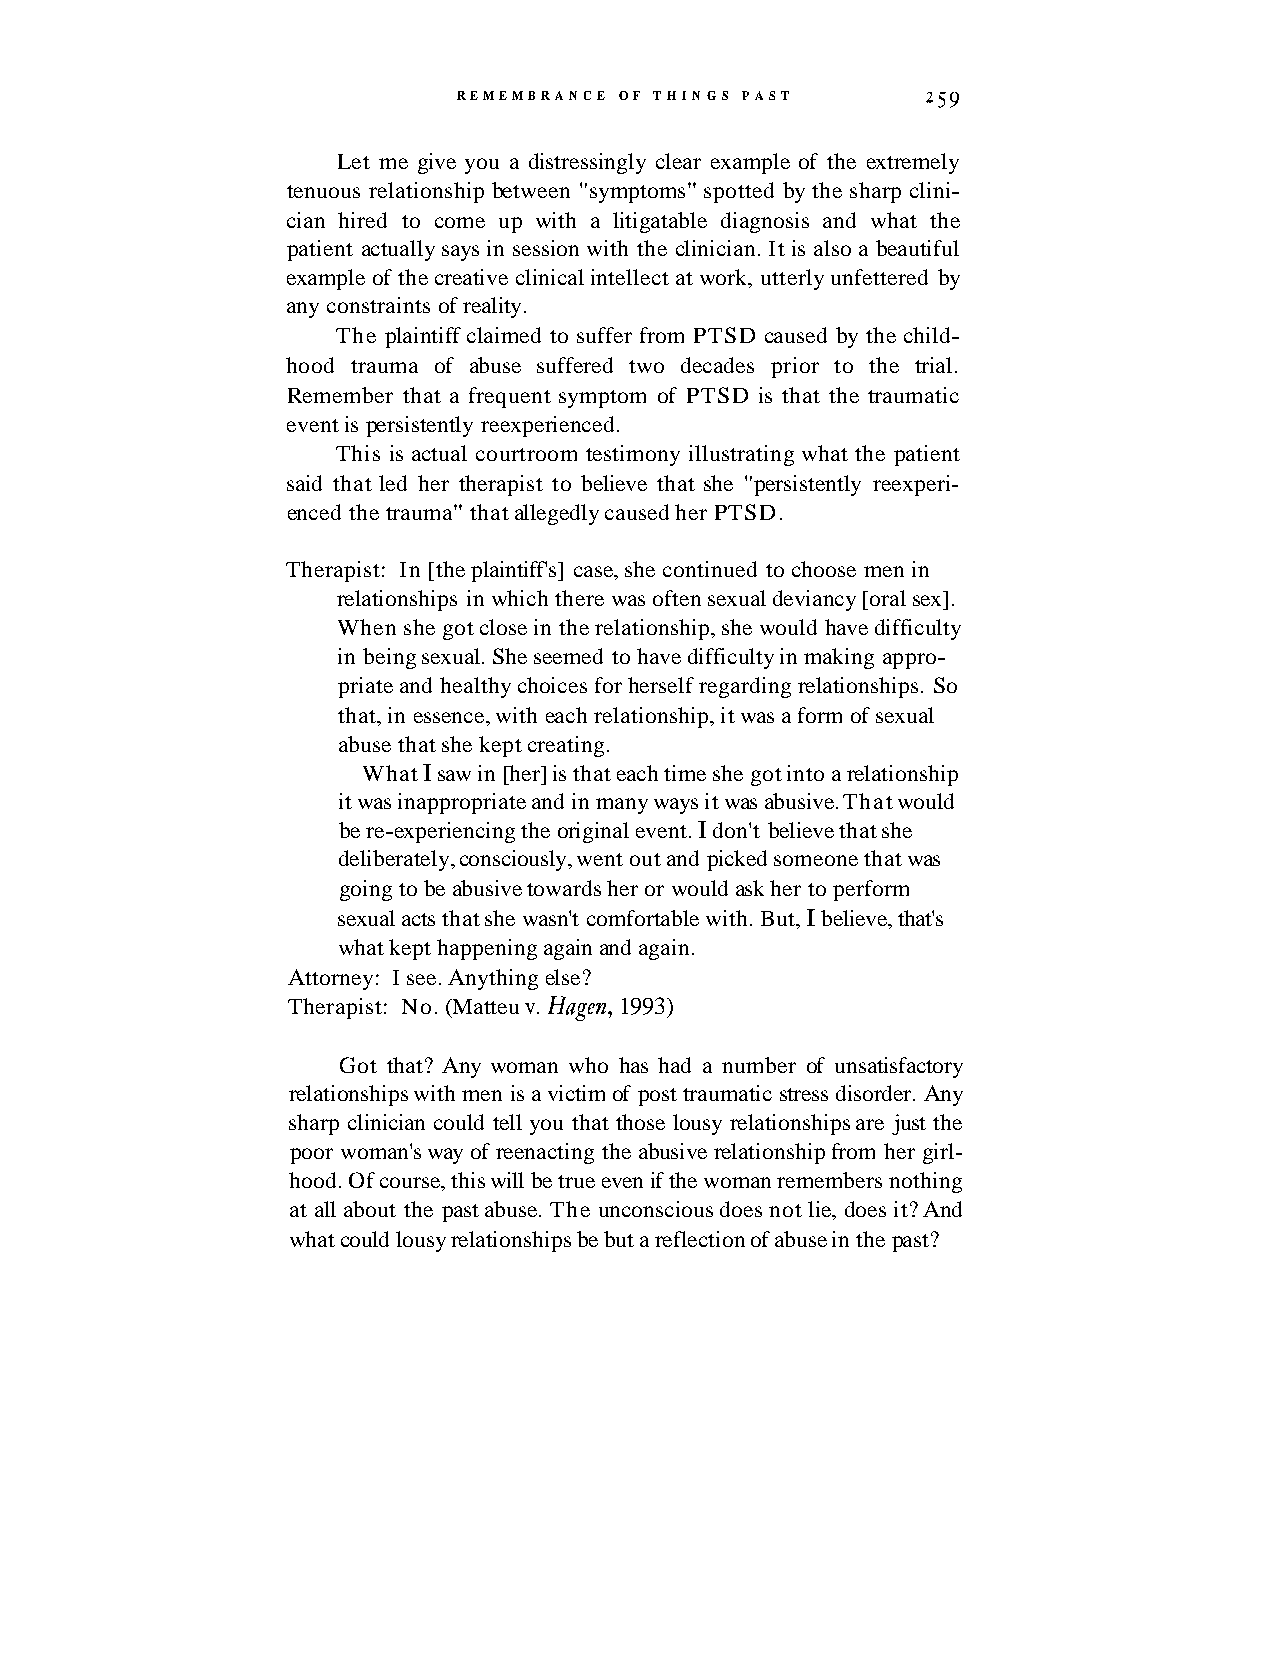
REMEMBRANCE OF THINGS PAST     259
 Let me give you a distressingly clear example of the extremely
 tenuous relationship between "symptoms" spotted by the sharp clini-
 cian hired to come up with a litigatable diagnosis and what the
 patient actually says in session with the clinician. It is also a beautiful
 example of the creative clinical intellect at work, utterly unfettered by
 any constraints of reality.
 The plaintiff claimed to suffer from PTSD caused by the child-
 hood trauma of abuse suffered two decades prior to the trial.
 Remember that a frequent symptom of PTSD is that the traumatic
 event is persistently reexperienced.
 This is actual courtroom testimony illustrating what the patient
 said that led her therapist to believe that she "persistently reexperi-
 enced the trauma" that allegedly caused her PTSD.
 Therapist: In [the plaintiff's] case, she continued to choose men in
 relationships in which there was often sexual deviancy [oral sex].
 When she got close in the relationship, she would have difficulty
 in being sexual. She seemed to have difficulty in making appro-
 priate and healthy choices for herself regarding relationships. So
 that, in essence, with each relationship, it was a form of sexual
 abuse that she kept creating.
 What I saw in [her] is that each time she got into a relationship
 it was inappropriate and in many ways it was abusive. That would
 be re-experiencing the original event. I don't believe that she
 deliberately, consciously, went out and picked someone that was
 going to be abusive towards her or would ask her to perform
 sexual acts that she wasn't comfortable with. But, I believe, that's
 what kept happening again and again.
 Attorney: I see. Anything else?
 Therapist: No. (Matteu v. Hagen, 1993)
 Got that? Any woman who has had a number of unsatisfactory
 relationships with men is a victim of post traumatic stress disorder. Any
 sharp clinician could tell you that those lousy relationships are just the
 poor woman's way of reenacting the abusive relationship from her girl-
 hood. Of course, this will be true even if the woman remembers nothing
 at all about the past abuse. The unconscious does not lie, does it? And
 what could lousy relationships be but a reflection of abuse in the past?